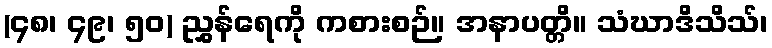
(၄၈၊ ၄၉၊ ၅၀) ညွှန်ရေကို ကစားစဉ်။ အနာပတ္တိ။ သံဃာဒိသိသ်၊